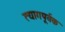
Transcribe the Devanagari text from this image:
त्यागपूर्वक